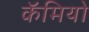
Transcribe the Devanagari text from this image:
कॅमियो